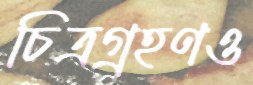
চিত্রগ্রহণও